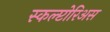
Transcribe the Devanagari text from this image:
स्कल्प्टोरिअस